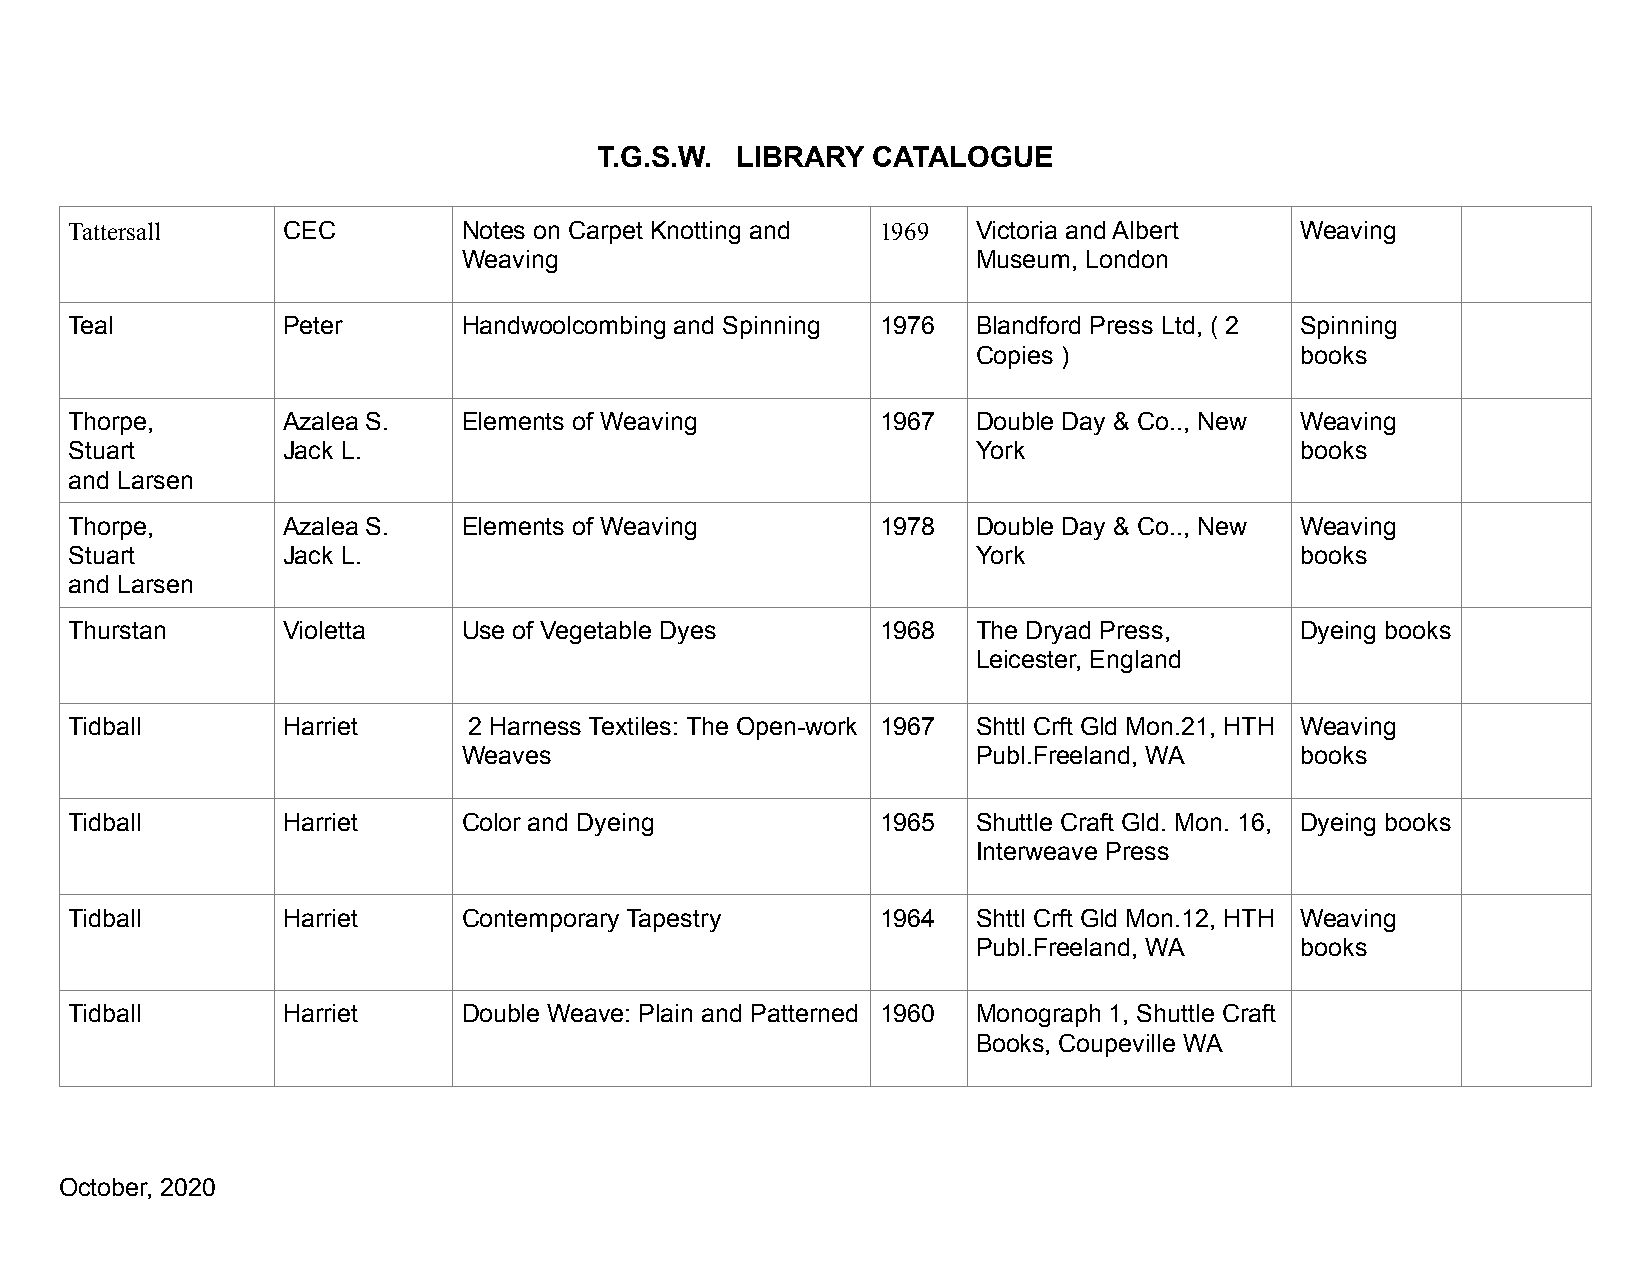
T.G.S.W. LIBRARY  CATALOGUE
 Tattersall    CEC         Notes on Carpet Knotting and 1969 Victoria and Albert  Weaving
 Weaving                           Museum, London
 Teal          Peter       Handwoolcombing and Spinning 1976 Blandford Press Ltd, ( 2 Spinning
 Copies )             books
 Thorpe,       Azalea S.   E lements of Weaving       1967   Double Day & Co.., New Weaving
 Stuart        Jack L.                                       York                 books
 and Larsen
 Thorpe,       Azalea S.   E lements of Weaving       1978   Double Day & Co.., New Weaving
 Stuart        Jack L.                                       York                 books
 and Larsen
 Thurstan      Violetta    Use of Vegetable Dyes      1968   The Dryad Press,     Dyeing books
 Leicester, England
 Tidball       Harriet     2 Harness Textiles: The Open-work 1967 Shttl Crft Gld Mon.21, HTH Weaving
 Weaves                            Publ.Freeland, WA    books
 Tidball       Harriet     Color and Dyeing           1965   Shuttle Craft Gld. Mon. 16, Dyeing books
 Interweave Press
 Tidball       Harriet     Contemporary Tapestry      1964   Shttl Crft Gld Mon.12, HTH Weaving
 Publ.Freeland, WA    books
 Tidball       Harriet     Double Weave: Plain and Patterned 1960 Monograph 1, Shuttle Craft
 Books, Coupeville WA
 October, 2020